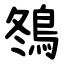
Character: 䳉